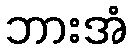
ဘားအံ